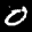
Label: 0